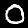
Label: 0